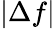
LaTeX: \vert\Delta f\vert